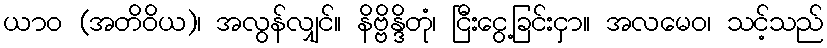
ယာဝ (အတိဝိယ)၊ အလွန်လျှင်။ နိဗ္ဗိန္ဒိတုံ၊ ငြီးငွေ့ခြင်းငှာ။ အလမေဝ၊ သင့်သည်